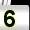
Digit: 5